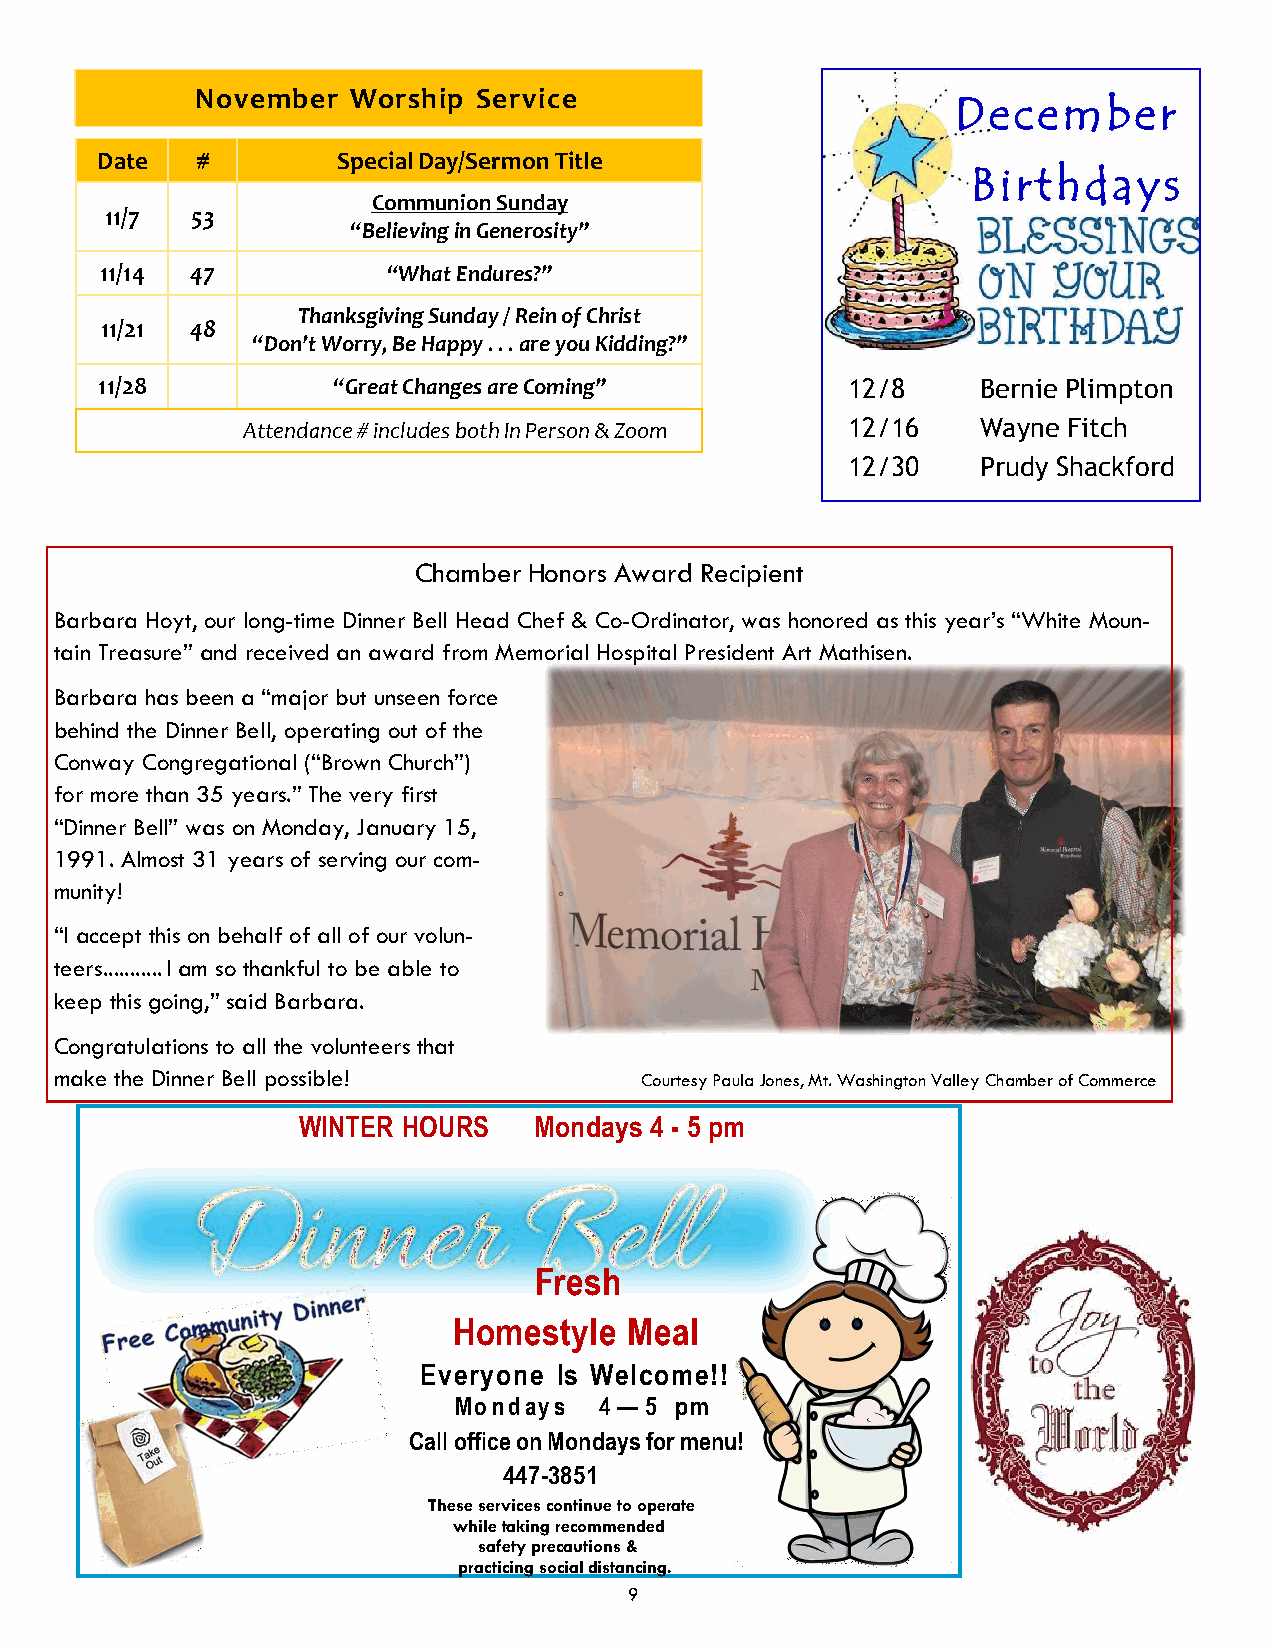
November  Worship  Service
 December
 Date   #        Special Day/Sermon Title
 Birthdays
 Communion Sunday
 11/7  53
 “Believing in Generosity”
 11/14 47           “What Endures?”
 Thanksgiving Sunday / Rein of Christ
 11/21 48
 “Don’t Worry, Be Happy . . . are you Kidding?”
 11/28          “Great Changes are Coming”        12/8     Bernie Plimpton
 Attendance # includes both In Person & Zoom 12/16 Wayne Fitch
 12/30    Prudy Shackford
 Chamber Honors Award Recipient
 Barbara Hoyt, our long-time Dinner Bell Head Chef & Co-Ordinator, was honored as this year’s “White Moun-
 tain Treasure” and received an award from Memorial Hospital President Art Mathisen.
 Barbara has been a “major but unseen force
 behind the Dinner Bell, operating out of the
 Conway Congregational (“Brown Church”)
 for more than 35 years.” The very first
 “Dinner Bell” was on Monday, January 15,
 1991. Almost 31 years of serving our com-
 munity!
 “I accept this on behalf of all of our volun-
 teers ........... I am so thankful to be able to
 keep this going,” said Barbara.
 Congratulations to all the volunteers that
 make the Dinner Bell possible!        Courtesy Paula Jones, Mt. Washington Valley Chamber of Commerce
 WINTER HOURS   Mondays 4 - 5 pm
 Fresh
 Homestyle   Meal
 Everyone Is Welcome!!
 Mo n d ay s 4 — 5 pm
 Call office on Mondays for menu!
 447-3851
 These services continue to operate
 while taking recommended
 safety precautions &
 practicing social distancing.
 9